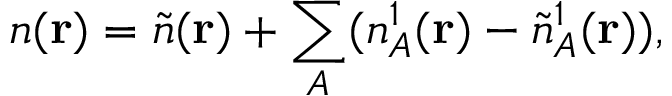
n ( \mathbf { r } ) = \tilde { n } ( \mathbf { r } ) + \sum _ { A } ( n _ { A } ^ { 1 } ( \mathbf { r } ) - \tilde { n } _ { A } ^ { 1 } ( \mathbf { r } ) ) ,